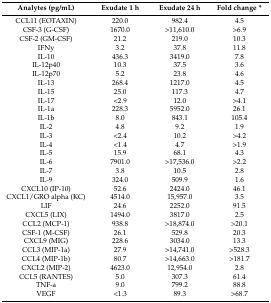
| Analytes (pg/mL) | Exudate 1 h | Exudate 24 h | Fold change * |
 | --- | --- | --- | --- |
 | CCL11 (EOTAXIN) | 220.0 | 982.4 | 4.5 |
 | CSF-3 (G-CSF) | 1670.0 | >11,610.0 | >6.9 |
 | CSF-2 (GM-CSF) | 21.2 | 219.0 | 10.3 |
 | IFNy | 3.2 | 37.8 | 11.8 |
 | IL-10 | 436.3 | 3419.0 | 7.8 |
 | IL-12p40 | 10.3 | 37.5 | 3.6 |
 | IL-12p70 | 5.2 | 23.8 | 4.6 |
 | IL-13 | 268.4 | 1217.0 | 4.5 |
 | IL-15 | 25.0 | 117.3 | 4.7 |
 | IL-17 | <2.9 | 12.0 | >4.1 |
 | IL-1a | 228.3 | 5952.0 | 26.1 |
 | IL-1b | 8.0 | 843.1 | 105.4 |
 | IL-2 | 4.8 | 9.2 | 1.9 |
 | IL-3 | <2.4 | 10.2 | >4.2 |
 | IL-4 | <1.4 | 4.7 | >1.9 |
 | IL-5 | 15.9 | 68.1 | 4.3 |
 | IL-6 | 7901.0 | >17,536.0 | >2.2 |
 | IL-7 | 3.8 | 10.5 | 2.8 |
 | IL-9 | 324.0 | 509.9 | 1.6 |
 | CXCL10 (IP-10) | 52.6 | 2424.0 | 46.1 |
 | CXCL1/GRO alpha (KC) | 4514.0 | 15,957.0 | 3.5 |
 | LIF | 24.6 | 2252.0 | 91.5 |
 | CXCL5 (LIX) | 1494.0 | 3817.0 | 2.5 |
 | CCL2 (MCP-1) | 938.8 | >18,874.0 | >20.1 |
 | CSF-1 (M-CSF) | 26.1 | 529.8 | 20.3 |
 | CXCL9 (MIG) | 228.6 | 3034.0 | 13.3 |
 | CCL3 (MIP-1a) | 27.9 | >14,741.0 | >528.3 |
 | CCL4 (MIP-1b) | 80.7 | >14,663.0 | >181.7 |
 | CXCL2 (MIP-2) | 4623.0 | 12,954.0 | 2.8 |
 | CCL5 (RANTES) | 5.0 | 307.3 | 61.4 |
 | TNF-a | 9.0 | 799.2 | 88.8 |
 | VEGF | <1.3 | 89.3 | >68.7 |